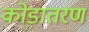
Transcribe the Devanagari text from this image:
कोड़ातरण